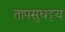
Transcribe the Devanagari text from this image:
तापसुघट्टय